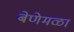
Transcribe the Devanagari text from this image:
बेणेमळा